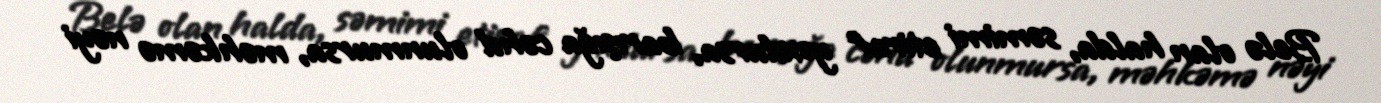
Belə olan halda, səmimi etiraf yoxdursa, barışığa cəhd olunmursa, məhkəmə nəyi